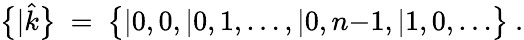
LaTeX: \bigl\{ |\hat{k}\bigr\} \ =\ \bigl\{ |0,0,|0,1,\ldots,|0,n{-}1,|1,0,\ldots\bigr\} \ .